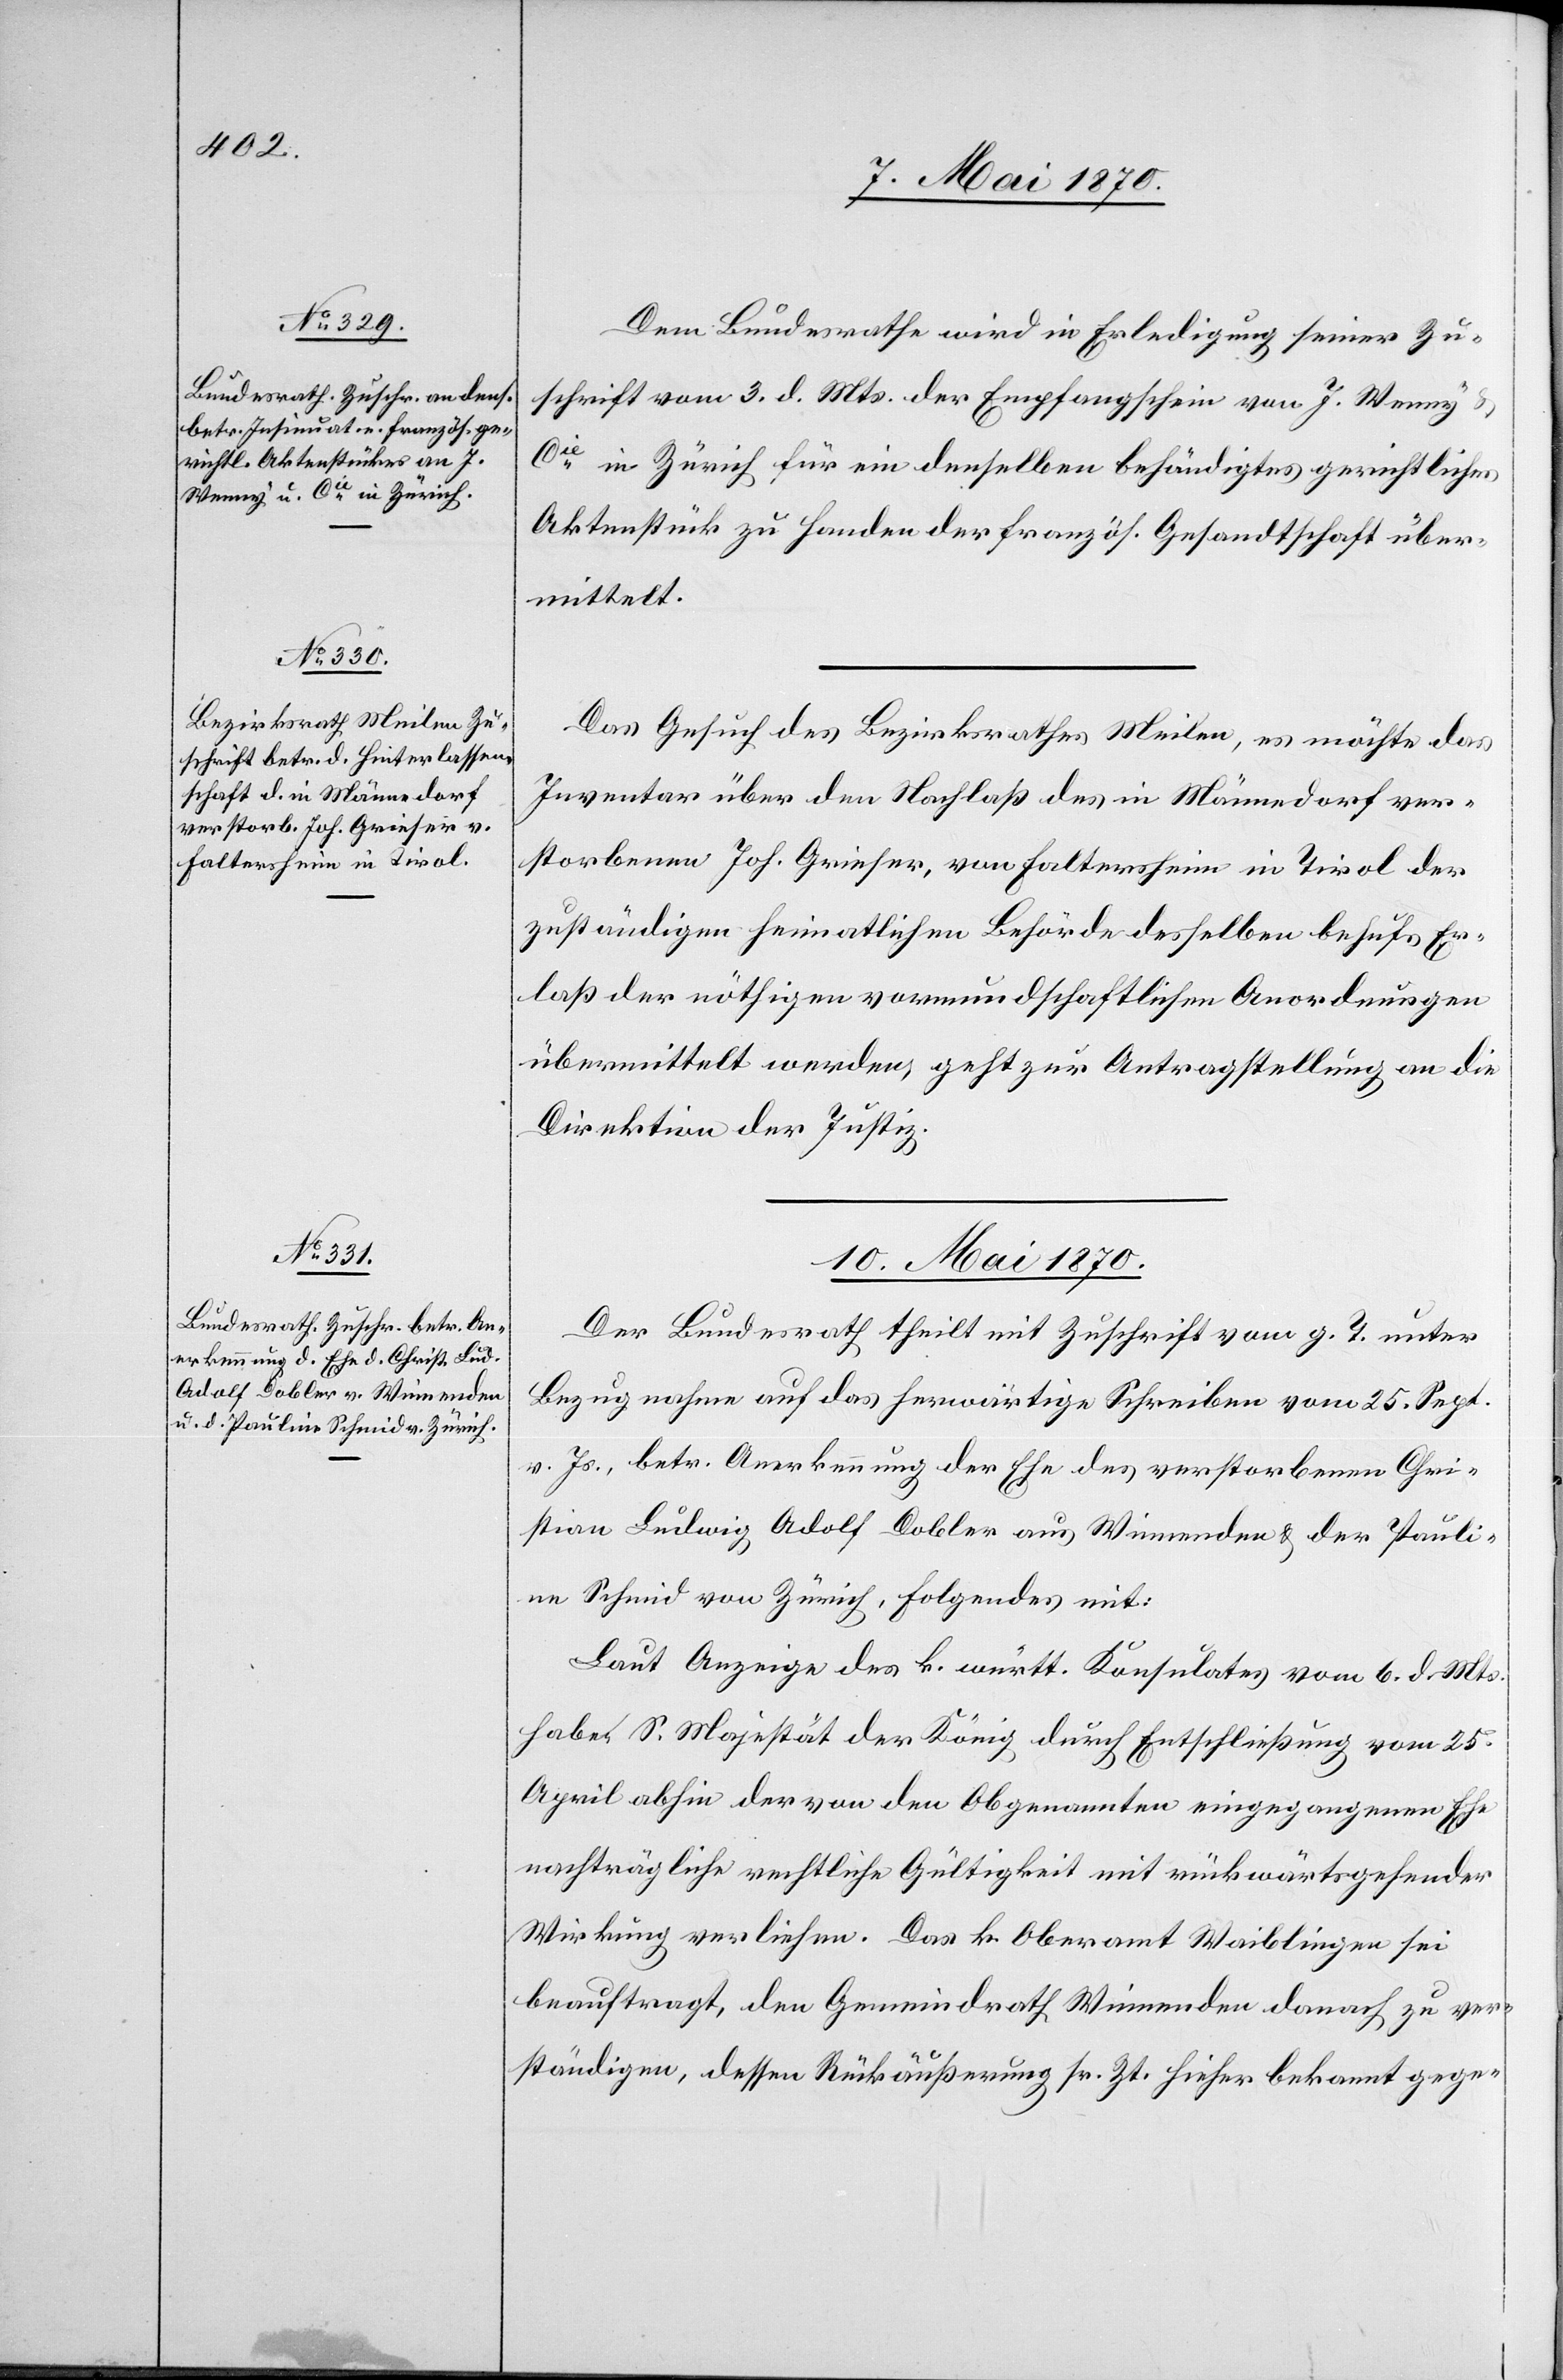
9. Mai 1870.]
Dem Bundesrathe wird in Erledigung seiner Zu¬
schrift vom 3. d. Mts. der Empfangschein von J. Wenny &
Cie in Zürich für ein denselben behändigtes gerichtliches
Aktenstück zu Handen der französ. Gesandtschaft über¬
mittelt.
Das Gesuch des Bezirksrathes Meilen, es möchte das
Inventar über den Nachlaß des in Männedorf ver¬
storbenen Joh. Grieser, von Faltersheim in Tirol der
zuständigen heimatlichen Behörde desselben behufs Er¬
laß der nöthigen vormundschaftlichen Anordnungen
übermittelt werden, geht zur Antragstellung an die
Direktion der Justiz.
10. Mai 1870.
Der Bundesrath theilt mit Zuschrift vom g. T. unter
Bezugnahme auf das herwärtige Schreiben vom 25. Sept.
vor. Js., betr. Anerkennung der Ehe des verstorbenen Chri¬
stian Ludwig Adolf Dobler aus Winnenden & der Pauli¬
ne Schmid von Zürich, Folgendes mit:
Laut Anzeige des k. württ. Konsulates vom 6. d. Mts.
haben S. Majestät der König durch Entschließung vom 25.
April abhin der von den Obgenannten eingegangenen Ehe
Wirkung verliehen. Das k. Oberamt Waiblingen sei
beauftragt, den Gemeindrath Winnenden danach zu ver¬
ständigen, dessen Rückäußerung sr. Zt. hieher bekannt gege-